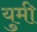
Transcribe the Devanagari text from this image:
युमी